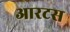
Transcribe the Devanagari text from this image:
आरटस